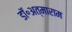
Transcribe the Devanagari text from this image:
डॉ॰अत्माराम